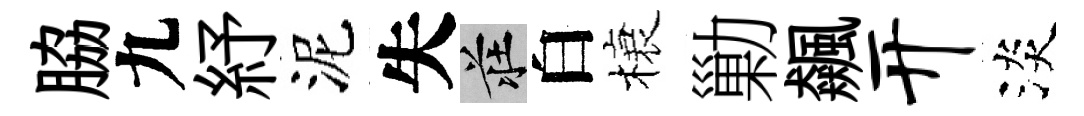
脇九紓泥失莊白榱勦飆开淡